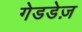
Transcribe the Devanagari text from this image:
गेडडेज़